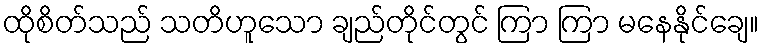
ထိုစိတ်သည် သတိဟူသော ချည်တိုင်တွင် ကြာ ကြာ မနေနိုင်ချေ။